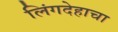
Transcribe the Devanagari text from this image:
लिंगदेहाचा